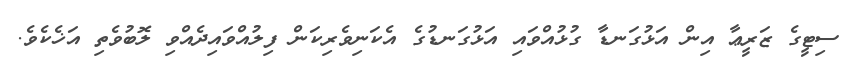
ސިޓީގެ ޒަރީޢާ އިން އަޅުގަނޑާ ގުޅުއްވައި އަޅުގަނޑުގެ އެކަނިވެރިކަން ފިލުއްވައިދެއްވި ލޮބުވެތި އަޚެކެވެ.